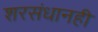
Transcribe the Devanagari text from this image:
शरसंधानही